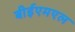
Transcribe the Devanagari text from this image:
बीईएमएल